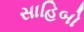
સાહિબો